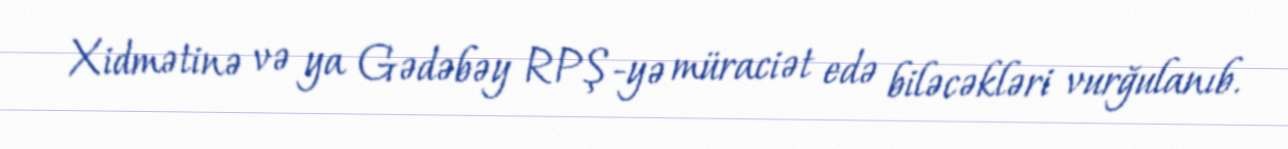
Xidmətinə və ya Gədəbəy RPŞ-yə müraciət edə biləcəkləri vurğulanıb.